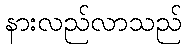
နားလည်လာသည်